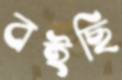
বইছি